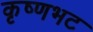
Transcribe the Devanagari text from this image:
कृष्णभट